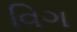
વિગ